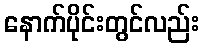
နောက်ပိုင်းတွင်လည်း